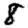
Digit: 8